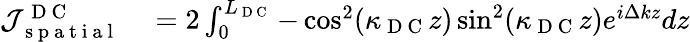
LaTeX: \begin{array}{rl}{\mathcal{J}_{\mathrm{~s~p~a~t~i~a~l~}}^{\mathrm{~D~C~}}}&{{}=2\int_{0}^{L_{\mathrm{~D~C~}}}-\cos^{2}(\kappa_{\mathrm{~D~C~}}z)\sin^{2}(\kappa_{\mathrm{~D~C~}}z)e^{i\Delta kz}dz}\end{array}